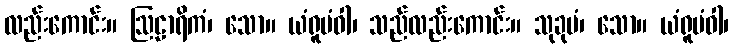
လည်းကောင်း။ ဩဠာရိကံ၊ သော။ ယံရူပံဝါ၊ သည်လည်းကောင်း။ သုခုမံ၊ သော။ ယံရူပံဝါ၊